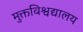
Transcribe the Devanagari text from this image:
मुक्तविश्वद्यालय